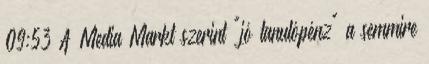
09:53 A Media Markt szerint "jó tanulópénz" a semmire